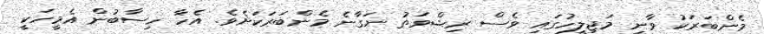
މެންބަރަކު ވާނީ މަޖިލީހުގައި ވެސް ރިޝްވަތު ނަގާނެ މެންބަރަކަށެވެ. އެހާ ހިސާބުން އެމީހަކީ